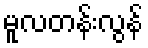
မူလတန်းလွန်